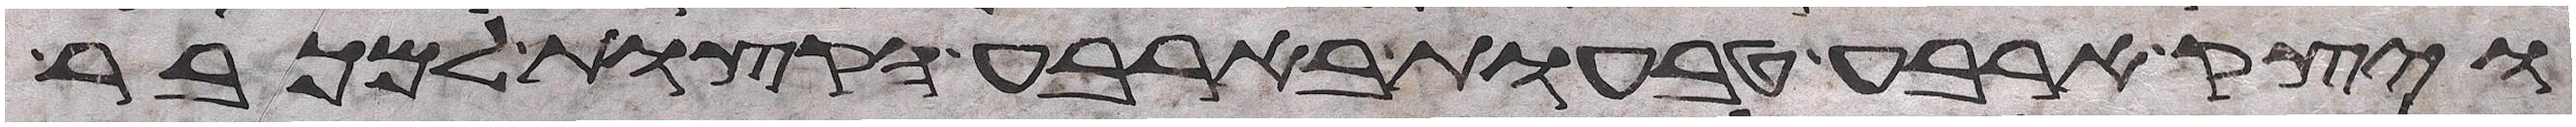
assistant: ויצק ארבע טבעות בארבע הקצות למכבר